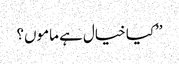
’’کیا خیال ہے ماموں؟